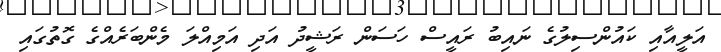
އަލީއާއި ކައުންސިލުގެ ނައިބު ރައީސް ހަސަން ރަޝީދު އަދި އަމިއްލަ މެންބަރެއްގެ ގޮތުގައި